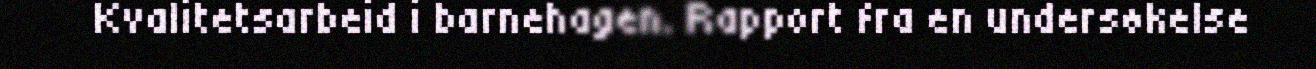
Kvalitetsarbeid i barnehagen. Rapport fra en undersøkelse